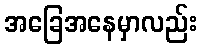
အခြေအနေမှာလည်း